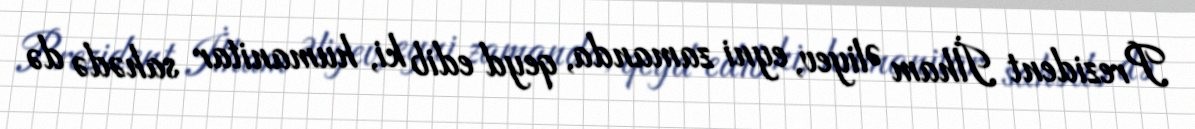
Prezident İlham Əliyev, eyni zamanda, qeyd edib ki, humanitar sahədə də